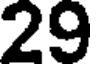
29